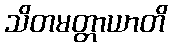
သိတမတ္တာယာတိ